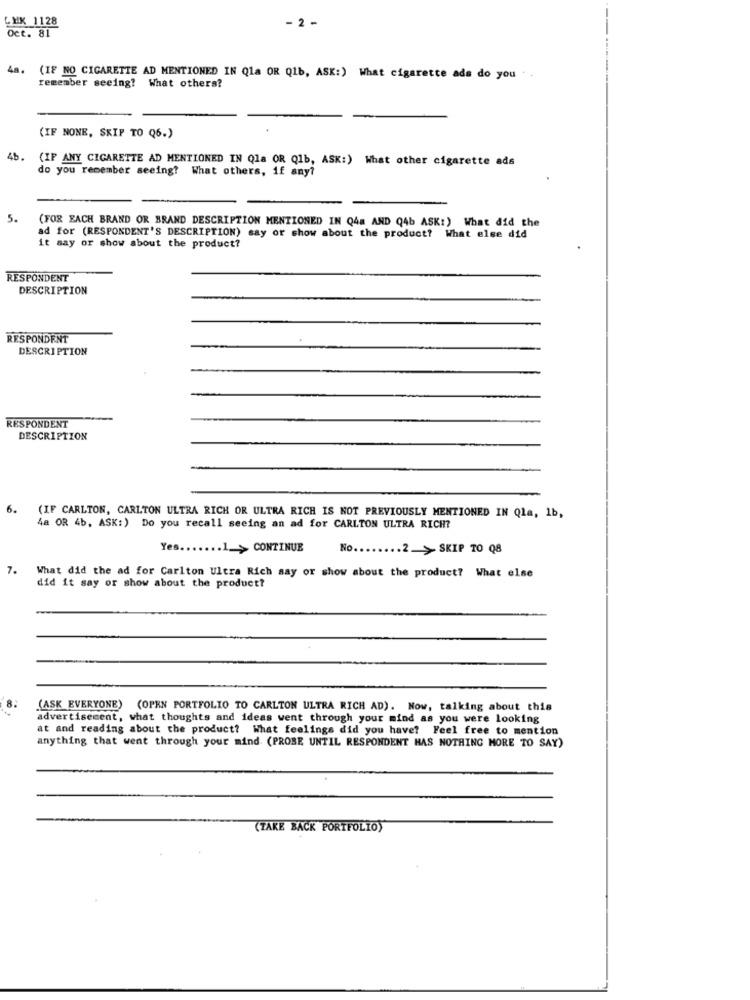
LYX 1128
Oct. 81
- 2.
4a.
(IF NO CIGARETTE AD MENTIONED IN Qla OR Q1b, ASK:) What cigarette ads do you . .
remember seeing? What others?
(IF NONE, SKIP TO Q6.)
46.
(IF ANY CIGARETTE AD MENTIONED IN Qla OR Q1b, ASK:) What other cigarette ads
do you remember seeing? What others, if any?
5.
(FOR EACH BRAND OR BRAND DESCRIPTION MENTIONED IN Q48 AND Q4b ASK:) What did the
ad for (RESPONDENT'S DESCRIPTION) say or show about the product? What else did
it say or show about the product?
RESPONDENT
DESCRIPTION
RESPONDENT
DESCRIPTION
RESPONDENT
DESCRIPTION
6.
(IF CARLTON, CARLTON ULTRA RICH OR ULTRA RICH IS NOT PREVIOUSLY MENTIONED IN Qla, 1b,
4a OR 4b, ASK: ) Do you recall seeing an ad for CARLTON ULTRA RICH?
Yes ....... 1.> CONTINUE
No ...
... 2.> SKIP TO Q8
7.
What did the ad for Carlton Ultra Rich say or show about the product? What else
did it say or show about the product?
(ASK EVERYONE) (OPEN PORTFOLIO TO CARLTON ULTRA RICH AD). Now, talking about this
advertisement, what thoughts and ideas went through your mind as you were looking
at and reading about the product? What feelings did you have? Feel free to mention
anything that went through your mind (PROBE UNTIL RESPONDENT HAS NOTHING MORE TO SAY)
(TAKE BACK PORTFOLIO)